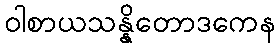
ဝါစာယသန္နိတောဒကေန